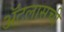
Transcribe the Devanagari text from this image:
ॲटलासची